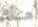
هناك